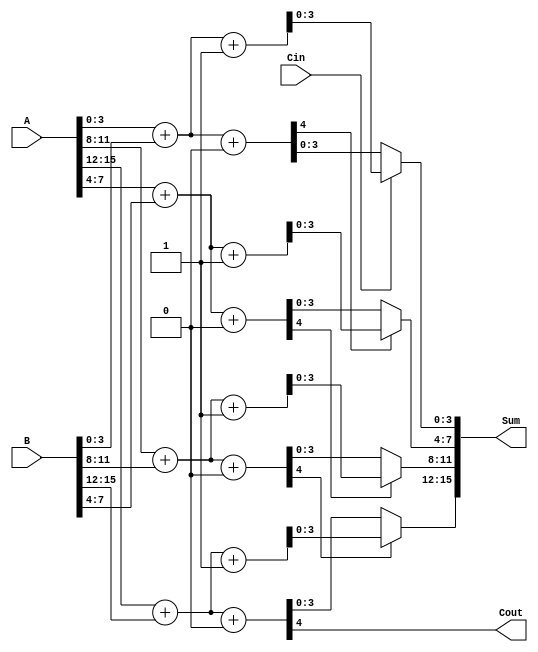
module carry_select_adder(
    input [N-1:0] A,  // First operand
    input [N-1:0] B,  // Second operand
    input Cin,        // Carry input
    output [N-1:0] Sum, // Sum output
    output Cout       // Carry output
);
    parameter N = 16;  // Total bit-width of the adder
    parameter M = 4;   // Bit-width of each segment

    // Internal signals
    wire [M-1:0] Sum0 [0:N/M-1]; // Sum when carry-in is 0
    wire [M-1:0] Sum1 [0:N/M-1]; // Sum when carry-in is 1
    wire [N/M-1:0] Cout_temp;     // Carry outputs from each segment
    wire [N/M-1:0] Carry_in;      // Carry inputs for each segment

    // Generate carry select blocks for each segment
    genvar i;
    generate
        for (i = 0; i < N/M; i = i + 1) begin : csla_block
            // Compute sums for carry-in = 0
            assign {Cout_temp[i], Sum0[i]} = A[M*i +: M] + B[M*i +: M] + 1'b0;
            // Compute sums for carry-in = 1
            assign {Cout_temp[i], Sum1[i]} = A[M*i +: M] + B[M*i +: M] + 1'b1;

            // Select the appropriate sum based on the carry-in
            if (i == 0) begin
                assign Carry_in[i] = Cin; // First segment takes the external carry-in
            end else begin
                assign Carry_in[i] = Cout_temp[i-1]; // Carry from previous segment
            end

            // Mux to select the final sum for this segment
            assign Sum[M*i +: M] = Carry_in[i] ? Sum1[i] : Sum0[i];
        end
    endgenerate

    // Final carry-out
    assign Cout = Cout_temp[N/M-1];

endmodule